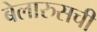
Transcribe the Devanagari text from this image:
बेलारुसची